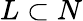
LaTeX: L\subset N